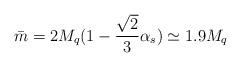
LaTeX: \begin{align*}\bar{m} = 2 M_{q} ( 1 -\frac{\sqrt{2}}{3} \alpha_{s}) \simeq 1.9 M_{q}\end{align*}